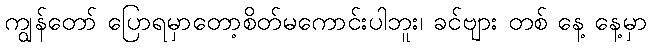
ကျွန်တော် ပြောရမှာတော့စိတ်မကောင်းပါဘူး၊ ခင်ဗျား တစ် နေ့ နေ့မှာ